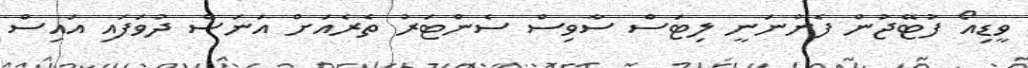
ވީޑިއޯ ފުޓޭޖުން ފެންނަނީ ލިޓަސް ސާވިސް ސެންޓަރު ތެރެއަށް އަނަސް ދުވަފައި އައިސް